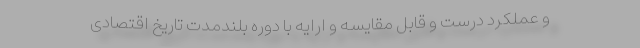
و عملکرد درست و قابل مقایسه و ارایه با دوره بلندمدت تاریخ اقتصادی